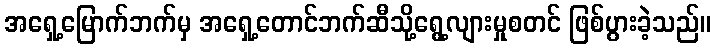
အရှေ့မြောက်ဘက်မှ အရှေ့တောင်ဘက်ဆီသို့ရွေ့လျားမှုစတင် ဖြစ်ပွားခဲ့သည်။